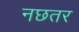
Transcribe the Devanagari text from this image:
नछतर